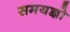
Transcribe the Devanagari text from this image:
समयज्ञो